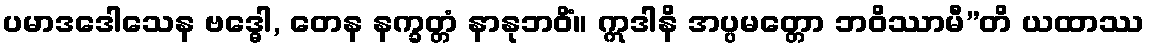
ပမာဒဒေါသေန ဗဒ္ဓေါ, တေန နက္ခတ္တံ နာနုဘဝိံ။ ဣဒါနိ အပ္ပမတ္တော ဘဝိဿာမီ”တိ ယထာဿ